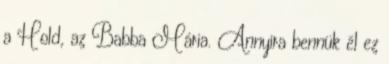
a Hold, az Babba Mária. Annyira bennük él ez